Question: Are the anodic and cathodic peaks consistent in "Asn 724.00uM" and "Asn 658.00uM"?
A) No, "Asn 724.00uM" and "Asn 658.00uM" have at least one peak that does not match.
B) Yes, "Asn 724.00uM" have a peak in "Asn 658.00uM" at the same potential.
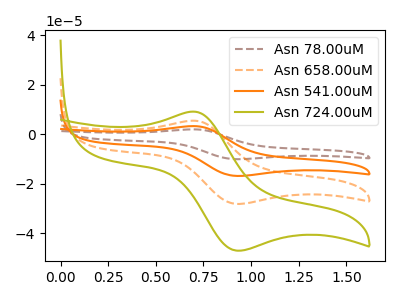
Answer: <think>The brown dashed curve "Asn 78.00uM" has an anodic peak at (0.70V, 16.40uA) and a cathodic peak at (0.90V, -84.60uA). The orange dashed curve "Asn 658.00uM" has an anodic peak at (0.70V, 5.45uA) and a cathodic peak at (0.90V, -28.20uA). The orange curve "Asn 541.00uM" has an anodic peak at (0.70V, 10.90uA) and a cathodic peak at (0.90V, -56.40uA). The olive curve "Asn 724.00uM" has an anodic peak at (0.70V, 9.10uA) and a cathodic peak at (0.90V, -47.10uA).</think>
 <answer>B) Yes, "Asn 724.00uM" have a peak in "Asn 658.00uM" at the same potential.</answer>
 <eval>B</eval>